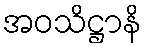
အဝသိဋ္ဌာနိ